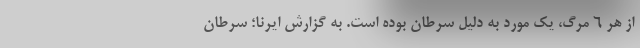
از هر ۶ مرگ، یک مورد به دلیل سرطان بوده است. به گزارش ایرنا؛ سرطان